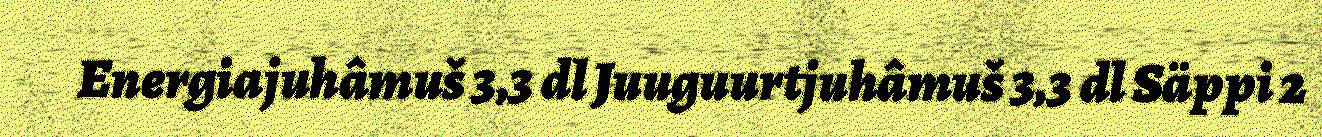
Energiajuhâmuš 3,3 dl Juuguurtjuhâmuš 3,3 dl Säppi 2